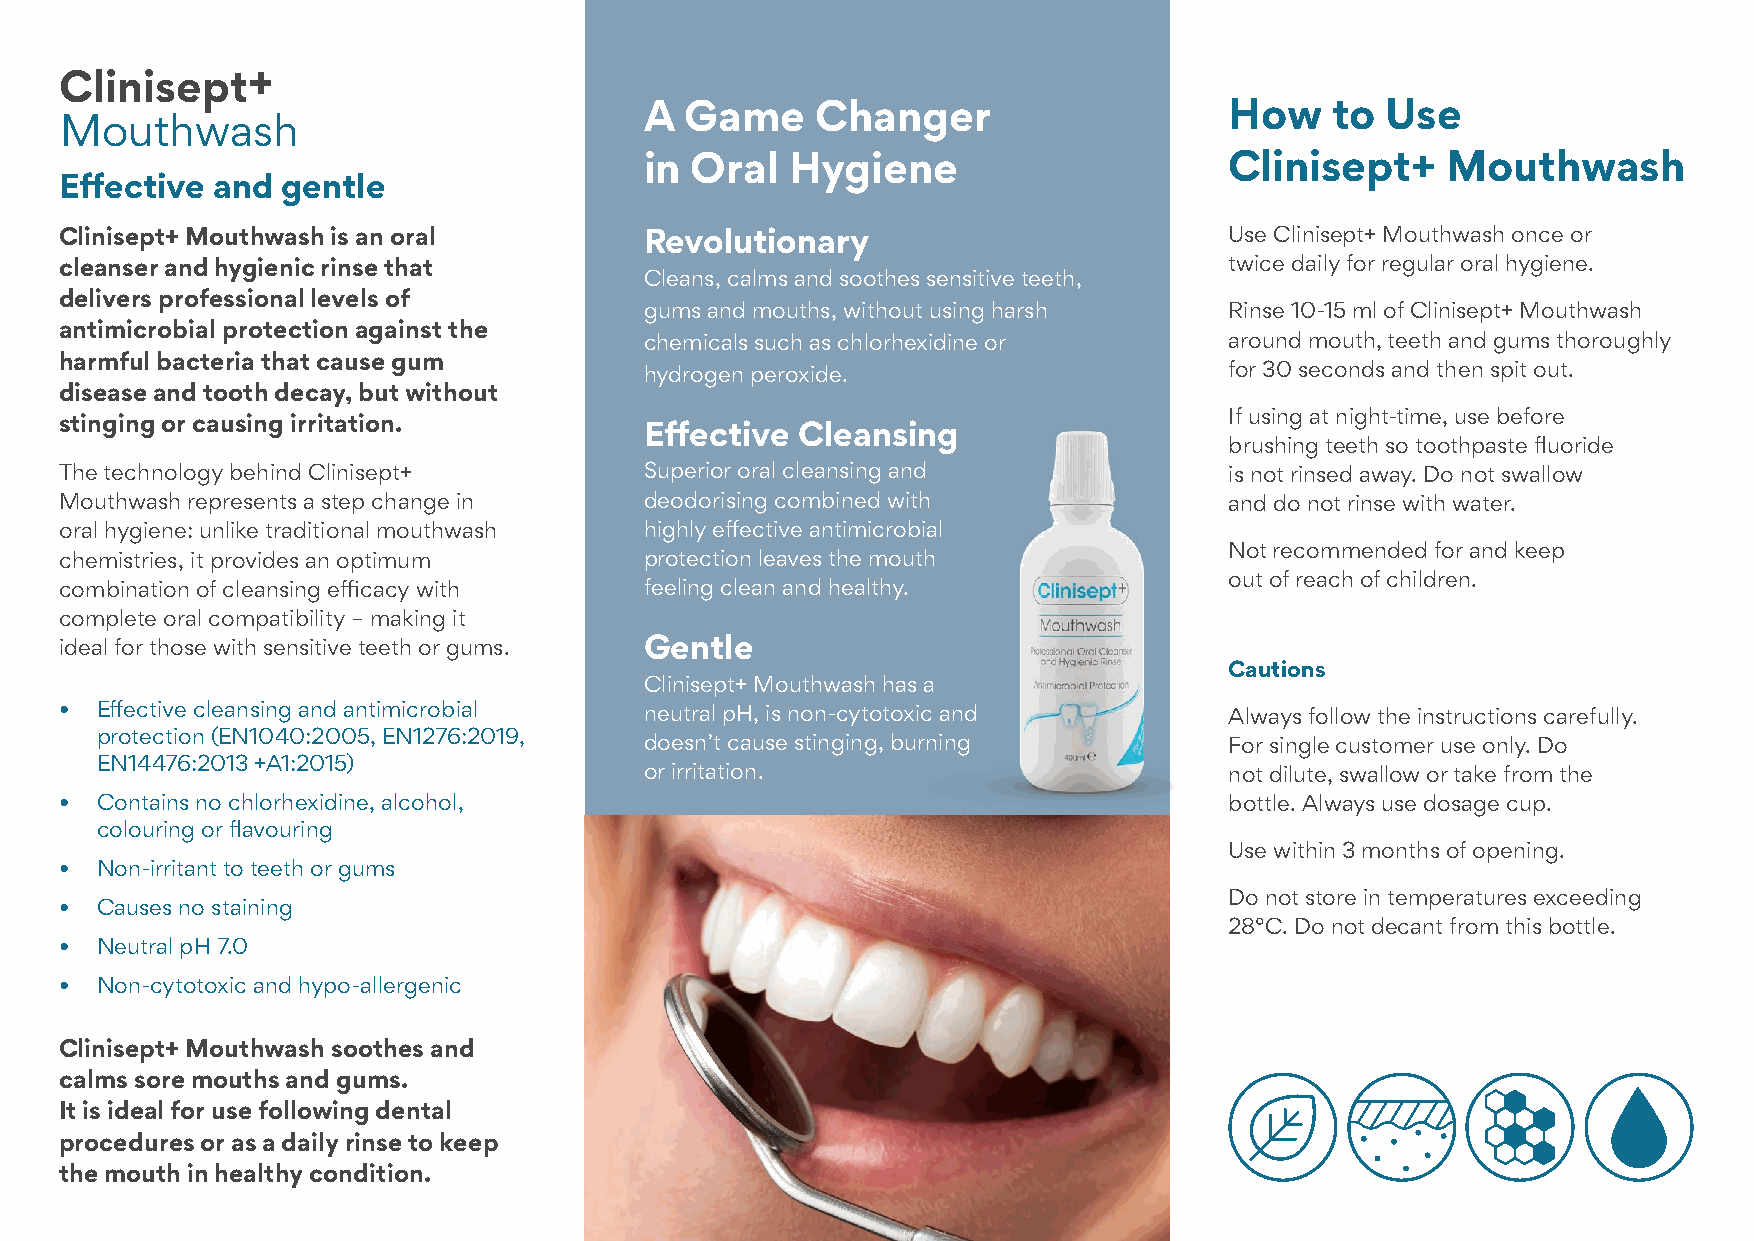
Clinisept+
 A Game     Changer                    How    to  Use
 Mouthwash
 in Oral  Hygiene                      Clinisept+     Mouthwash
 Effective and  gentle
 Clinisept+ Mouthwash is an oral        Revolutionary                         Use Clinisept+ Mouthwash once or
 cleanser and hygienic rinse that                                             twice daily for regular oral hygiene.
 Cleans, calms and soothes sensitive teeth,
 delivers professional levels of
 gums and mouths, without using harsh  Rinse 10-15 ml of Clinisept+ Mouthwash
 antimicrobial protection against the
 chemicals such as chlorhexidine or    around mouth, teeth and gums thoroughly
 harmful bacteria that cause gum
 hydrogen peroxide.                    for 30 seconds and then spit out.
 disease and tooth decay, but without
 If using at night-time, use before
 stinging or causing irritation.
 Effective Cleansing
 brushing teeth so toothpaste fluoride
 The technology behind Clinisept+       Superior oral cleansing and           is not rinsed away. Do not swallow
 Mouthwash represents a step change in  deodorising combined with             and do not rinse with water.
 oral hygiene: unlike traditional mouthwash highly effective antimicrobial
 Not recommended for and keep
 chemistries, it provides an optimum    protection leaves the mouth
 out of reach of children.
 combination of cleansing efficacy with feeling clean and healthy.
 complete oral compatibility – making it
 ideal for those with sensitive teeth or gums. Gentle
 Cautions
 Clinisept+ Mouthwash has a
 • Effective cleansing and antimicrobial neutral pH, is non-cytotoxic and     Always follow the instructions carefully.
 protection (EN1040:2005, EN1276:2019, doesn’t cause stinging, burning      For single customer use only. Do
 EN14476:2013 +A1:2015)
 or irritation.                        not dilute, swallow or take from the
 • Contains no chlorhexidine, alcohol,                                        bottle. Always use dosage cup.
 colouring or flavouring
 Use within 3 months of opening.
 • Non-irritant to teeth or gums
 Do not store in temperatures exceeding
 • Causes no staining
 28°C. Do not decant from this bottle.
 • Neutral pH 7.0
 • Non-cytotoxic and hypo-allergenic
 Clinisept+ Mouthwash soothes and
 calms sore mouths and gums.
 It is ideal for use following dental
 procedures or as a daily rinse to keep
 the mouth in healthy condition.